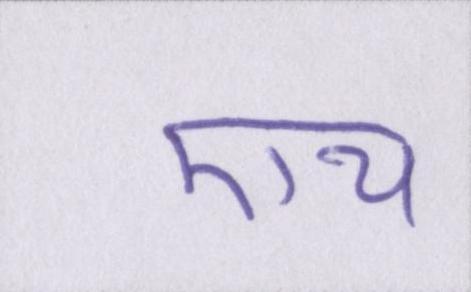
एच